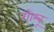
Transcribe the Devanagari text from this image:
गोम्बू